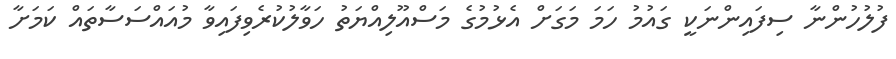
ފުލުހުންނާ ސިފައިންނަކީ ގައުމު ހަމަ މަގަށް އެޅުމުގެ މަސްއޫލިއްޔަތު ހަވާލުކުރެވިފައިވާ މުއައްސަސާތައް ކަމަށާ